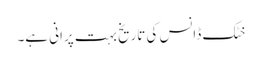
خٹک ڈانس کی تاریخ بہت پرانی ہے۔